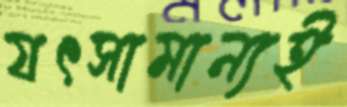
যৎসামান্যই